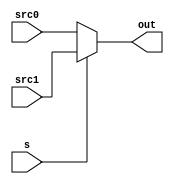
module MUX2(
    input s,
    input [31:0] src0,src1,
    output reg [31:0] out
);
always@(*)
begin
    if(s==0) out = src0;
    else out = src1;
end
endmodule